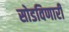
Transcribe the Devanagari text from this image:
सोडविणारी